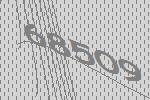
68509